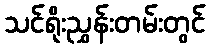
သင်ရိုးညွှန်းတမ်းတွင်